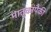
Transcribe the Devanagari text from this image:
मातृकांपैकी